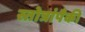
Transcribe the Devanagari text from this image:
स्तोत्रांपैकी